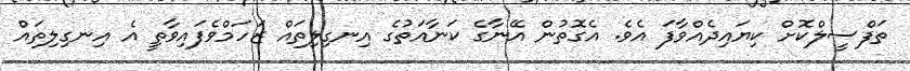
ތަފްސީލްކޮށް ކިޔައިދެއްވާފަ އެވެ. އެގޮތުން އޭނާގެ ކަނާއަތުގެ އިނގިލިތައް ޒަހަމްވެފައިވާތީ އެ އިނގިލިތައް